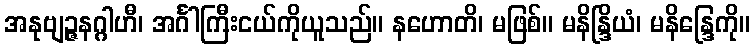
အနုဗျဉ္ဇနဂ္ဂါဟီ၊ အင်္ဂါကြီးငယ်ကိုယူသည်။ နဟောတိ၊ မဖြစ်။ မနိန္ဒြိယံ၊ မနိန္ဒြေကို။